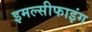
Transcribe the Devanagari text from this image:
इमल्सीफाइंग